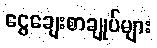
ငွေချေးစာချုပ်များ